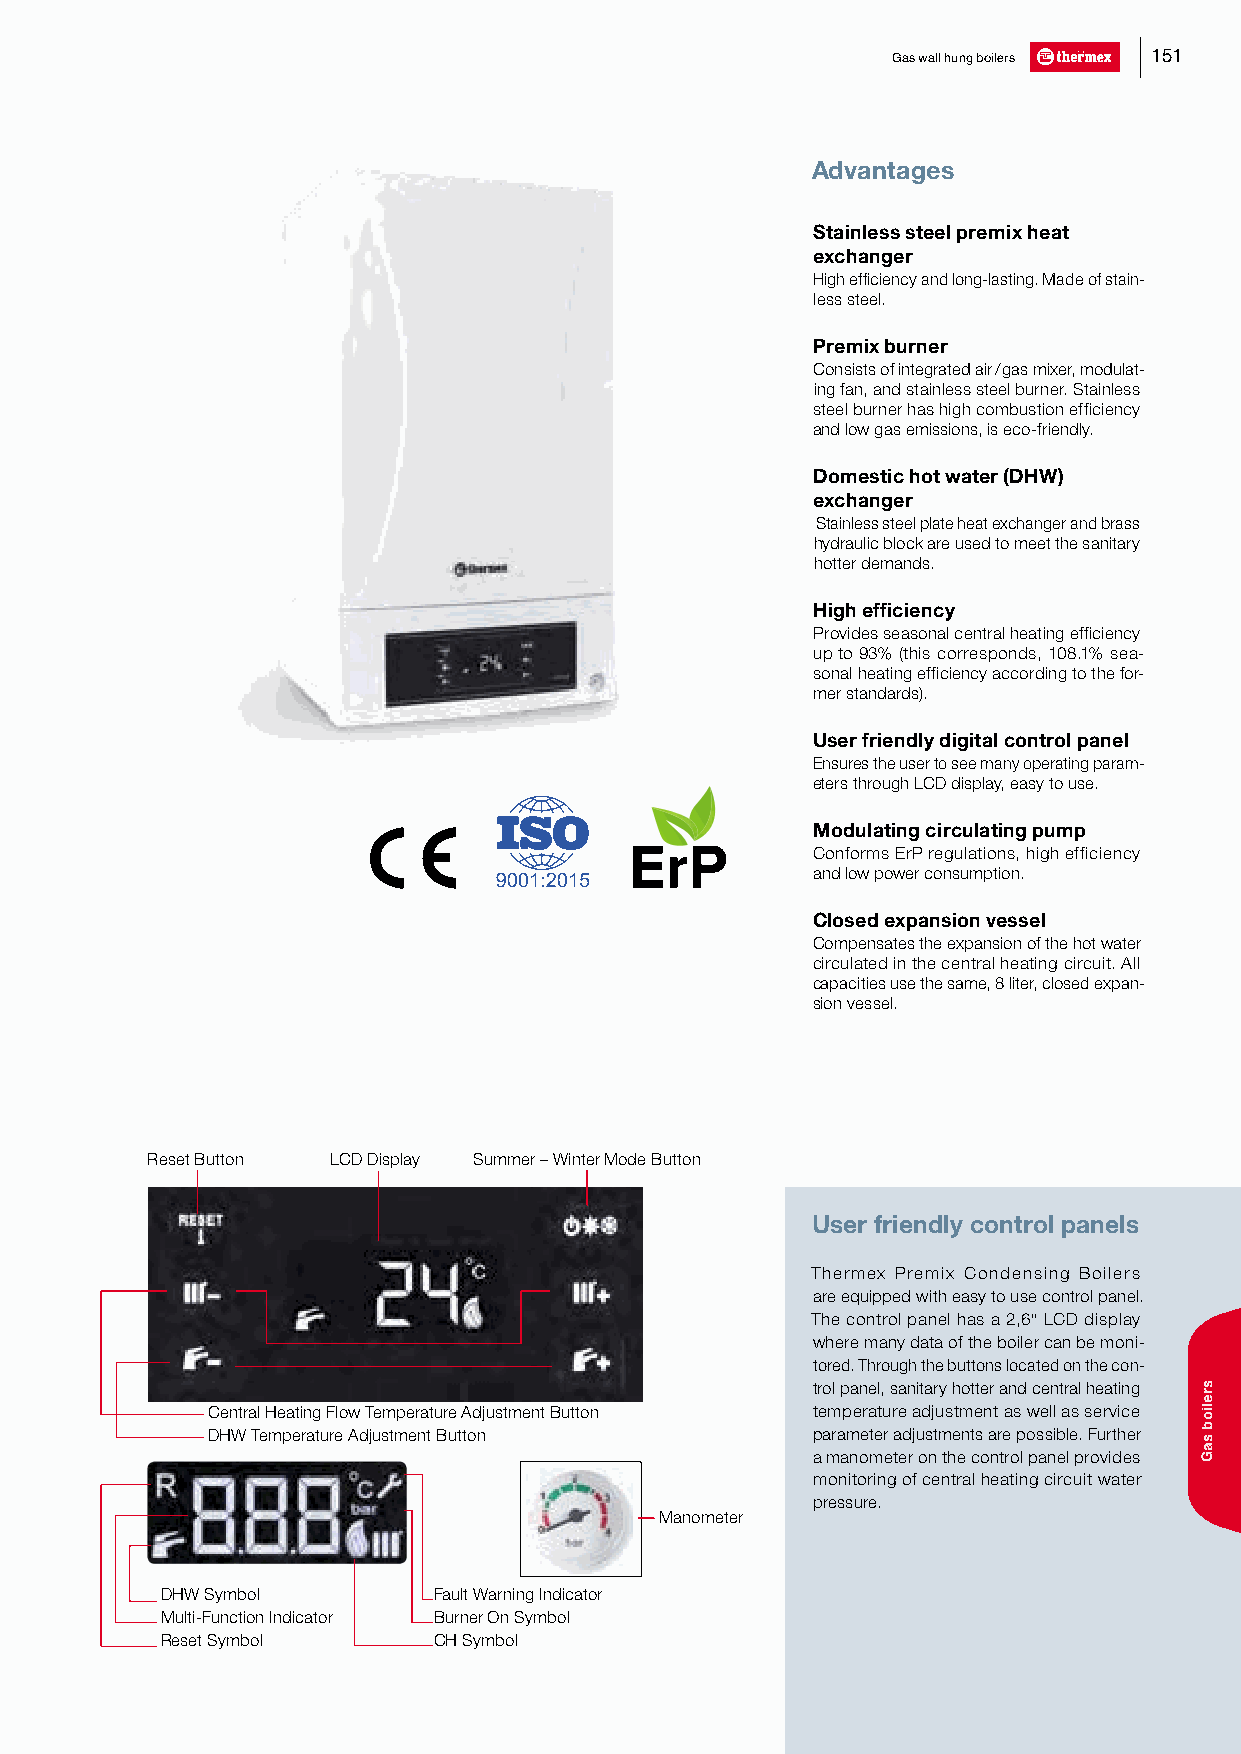
Gas wall hung boilers 151
 Advantages
 Stainless steel premix heat
 exchanger
 High efficiency and long-lasting. Made of stain-
 less steel.
 Premix burner
 Consists of integrated air / gas mixer, modulat-
 ing fan, and stainless steel burner. Stainless
 steel burner has high combustion efficiency
 and low gas emissions, is eco-friendly.
 Domestic hot water (DHW)
 exchanger
 Stainless steel plate heat exchanger and brass
 hydraulic block are used to meet the sanitary
 hotter demands.
 High efficiency
 Provides seasonal central heating efficiency
 up to 93% (this corresponds, 108.1% sea-
 sonal heating efficiency according to the for-
 mer standards).
 User friendly digital control panel
 Ensures the user to see many operating param-
 eters through LCD display, easy to use.
 Modulating circulating pump
 Conforms ErP regulations, high efficiency
 and low power consumption.
 Closed expansion vessel
 Compensates the expansion of the hot water
 circulated in the central heating circuit. All
 capacities use the same, 8 liter, closed expan-
 sion vessel.
 Reset Button LCD Display Summer – Winter Mode Button
 User friendly control panels
 User friendly control panels
 Thermex Premix Condensing Boilers
 are equipped with easy to use control panel.
 The control panel has a 2,6" LCD display
 where many data of the boiler can be moni-
 tored. Through the buttons located on the con-
 trol panel, sanitary hotter and central heating
 Central Heating Flow Temperature Adjustment Button temperature adjustment as well as service
 DHW Temperature Adjustment Button       parameter adjustments are possible. Further
 a manometer on the control panel provides
 monitoring of central heating circuit water
 pressure.
 Manometer
 DHW Symbol        Fault Warning Indicator
 Multi-Function Indicator Burner On Symbol
 Reset Symbol      CH Symbol
 sreliob
 saG